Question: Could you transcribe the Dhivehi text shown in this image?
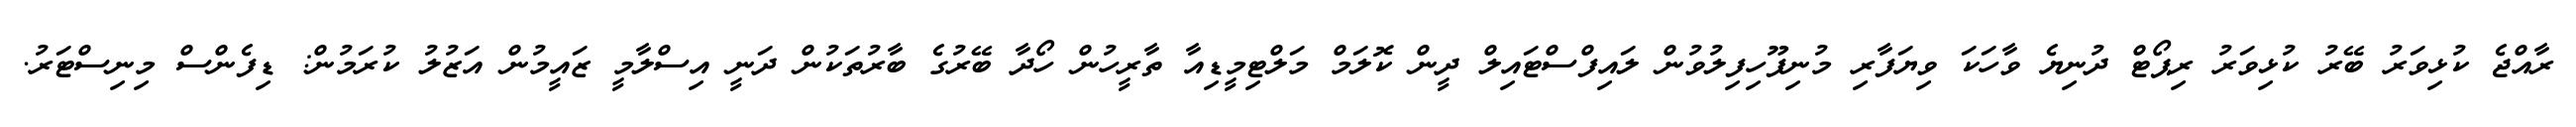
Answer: ރާއްޖެ ކުޅިވަރު ބޭރު ކުޅިވަރު ރިޕޯޓް ދުނިޔެ ވާހަކަ ވިޔަފާރި މުނިފޫހިފިލުވުން ލައިފްސްޓައިލް ދީން ކޮލަމް މަލްޓިމީޑިއާ ތާރީހުން ހޯދާ ބޭރުގެ ބާރުތަކުން ދަނީ އިސްލާމީ ޒައީމުން އަޒުލު ކުރަމުން: ޑިފެންސް މިނިސްޓަރު.